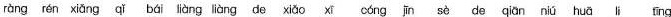
ràng rén xiǎng qǐbáiliàng liàng dexiǎo cóngjin sède qian niú huā